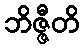
ဘိဇ္ဇီတိ